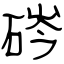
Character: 硶